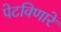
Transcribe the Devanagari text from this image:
पेटविणारे